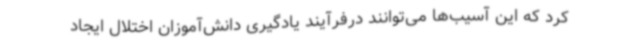
کرد که این آسیب‌ها می‌توانند درفرآیند یادگیری دانش‌آموزان اختلال ایجاد